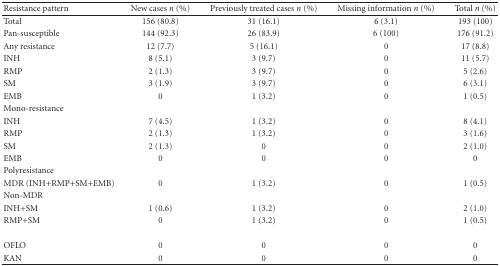
<table><thead><tr><td><b>Resistance pattern</b></td><td><b>New cases <i>n</i> (%)</b></td><td><b>Previously treated cases <i>n</i> (%)</b></td><td><b>Missing information <i>n</i> (%)</b></td><td><b>Total <i>n</i> (%)</b></td></tr></thead><tbody><tr><td>Total</td><td>156 (80.8)</td><td>31 (16.1)</td><td>6 (3.1)</td><td>193 (100)</td></tr><tr><td>Pan-susceptible</td><td>144 (92.3)</td><td>26 (83.9)</td><td>6 (100)</td><td>176 (91.2)</td></tr><tr><td>Any resistance</td><td>12 (7.7)</td><td>5 (16.1)</td><td>0</td><td>17 (8.8)</td></tr><tr><td>INH</td><td>8 (5.1)</td><td>3 (9.7)</td><td>0</td><td>11 (5.7)</td></tr><tr><td>RMP</td><td>2 (1.3)</td><td>3 (9.7)</td><td>0</td><td>5 (2.6)</td></tr><tr><td>SM</td><td>3 (1.9)</td><td>3 (9.7)</td><td>0</td><td>6 (3.1)</td></tr><tr><td>EMB</td><td>0</td><td>1 (3.2)</td><td>0</td><td>1 (0.5)</td></tr><tr><td>Mono-resistance</td><td></td><td></td><td></td><td></td></tr><tr><td>INH</td><td>7 (4.5)</td><td>1 (3.2)</td><td>0</td><td>8 (4.1)</td></tr><tr><td>RMP</td><td>2 (1.3)</td><td>1 (3.2)</td><td>0</td><td>3 (1.6)</td></tr><tr><td>SM</td><td>2 (1.3)</td><td>0</td><td>0</td><td>2 (1.0)</td></tr><tr><td>EMB</td><td>0</td><td>0</td><td>0</td><td>0</td></tr><tr><td>Polyresistance</td><td></td><td></td><td></td><td></td></tr><tr><td>MDR (INH+RMP+SM+EMB)</td><td>0</td><td>1 (3.2)</td><td>0</td><td>1 (0.5)</td></tr><tr><td>Non-MDR</td><td></td><td></td><td></td><td></td></tr><tr><td>INH+SM</td><td>1 (0.6)</td><td>1 (3.2)</td><td>0</td><td>2 (1.0)</td></tr><tr><td>RMP+SM</td><td>0</td><td>1 (3.2)</td><td>0</td><td>1 (0.5)</td></tr><tr><td>OFLO</td><td>0</td><td>0</td><td>0</td><td>0</td></tr><tr><td>KAN</td><td>0</td><td>0</td><td>0</td><td>0</td></tr></tbody></table>